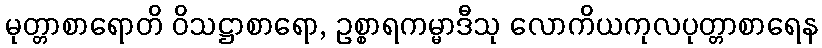
မုတ္တာစာရောတိ ဝိသဋ္ဌာစာရော, ဥစ္စာရကမ္မာဒီသု လောကိယကုလပုတ္တာစာရေန